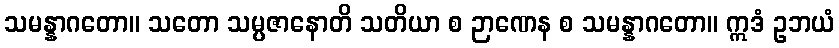
သမန္နာဂတော။ သတော သမ္ပဇာနောတိ သတိယာ စ ဉာဏေန စ သမန္နာဂတော။ ဣဒံ ဥဘယံ